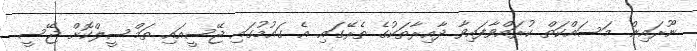
ނޫރައިން މަސައްކަތް ކުރައްވާފައިވާ ދާއިރާތަކުގެ ތެރޭގައި އެ ގައުމުގައި ޖޭސީއައި ތަމްސީލްކޮށް ޖޭސީ